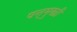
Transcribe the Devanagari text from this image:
षन्मुखी